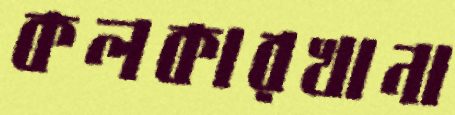
কলকারখানা